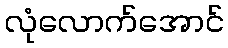
လုံလောက်အောင်